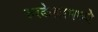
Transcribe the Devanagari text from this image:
रुरकेलामध्ये